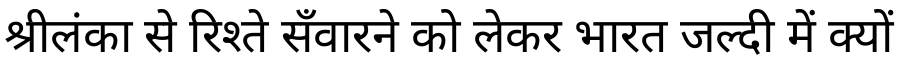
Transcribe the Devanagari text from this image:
श्रीलंका से रिश्ते सँवारने को लेकर भारत जल्दी में क्यों